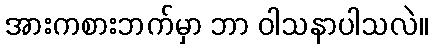
အားကစားဘက်မှာ ဘာ ဝါသနာပါသလဲ။